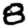
Digit: 8